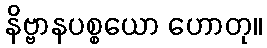
နိဗ္ဗာနပစ္စယော ဟောတု။